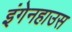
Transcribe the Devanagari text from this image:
इंगेनहाउस